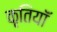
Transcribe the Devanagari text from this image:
कृतियॉं